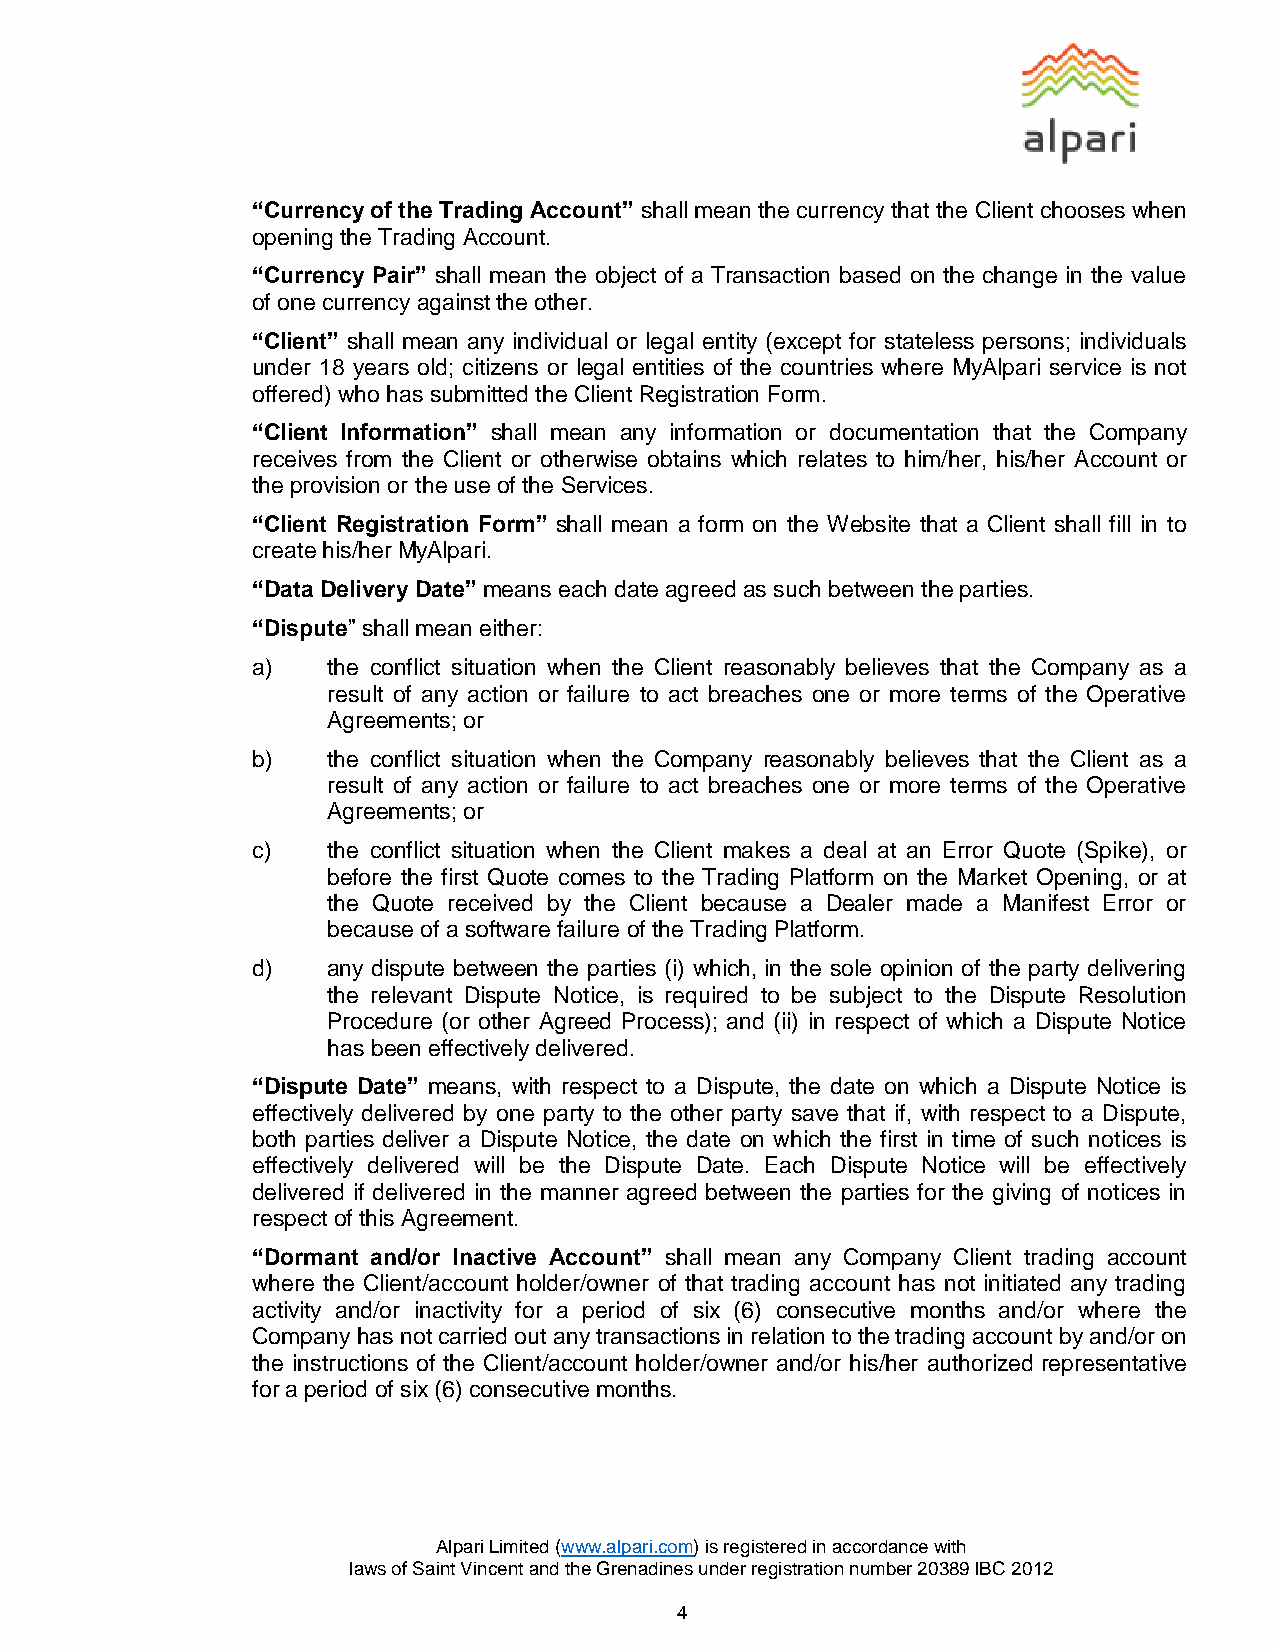
“Currency of the Trading Account” shall mean the currency that the Client chooses when
 opening the Trading Account.
 “Currency Pair” shall mean the object of a Transaction based on the change in the value
 of one currency against the other.
 “Client” shall mean any individual or legal entity (except for stateless persons; individuals
 under 18 years old; citizens or legal entities of the countries where MyAlpari service is not
 offered) who has submitted the Client Registration Form.
 “Client Information” shall mean any information or documentation that the Company
 receives from the Client or otherwise obtains which relates to him/her, his/her Account or
 the provision or the use of the Services.
 “Client Registration Form” shall mean a form on the Website that a Client shall fill in to
 create his/her MyAlpari.
 “Data Delivery Date” means each date agreed as such between the parties.
 “Dispute” shall mean either:
 a)   the conflict situation when the Client reasonably believes that the Company as a
 result of any action or failure to act breaches one or more terms of the Operative
 Agreements; or
 b)   the conflict situation when the Company reasonably believes that the Client as a
 result of any action or failure to act breaches one or more terms of the Operative
 Agreements; or
 c)   the conflict situation when the Client makes a deal at an Error Quote (Spike), or
 before the first Quote comes to the Trading Platform on the Market Opening, or at
 the Quote received by the Client because a Dealer made a Manifest Error or
 because of a software failure of the Trading Platform.
 d)   any dispute between the parties (i) which, in the sole opinion of the party delivering
 the relevant Dispute Notice, is required to be subject to the Dispute Resolution
 Procedure (or other Agreed Process); and (ii) in respect of which a Dispute Notice
 has been effectively delivered.
 “Dispute Date” means, with respect to a Dispute, the date on which a Dispute Notice is
 effectively delivered by one party to the other party save that if, with respect to a Dispute,
 both parties deliver a Dispute Notice, the date on which the first in time of such notices is
 effectively delivered will be the Dispute Date. Each Dispute Notice will be effectively
 delivered if delivered in the manner agreed between the parties for the giving of notices in
 respect of this Agreement.
 “Dormant and/or Inactive Account” shall mean any Company Client trading account
 where the Client/account holder/owner of that trading account has not initiated any trading
 activity and/or inactivity for a period of six (6) consecutive months and/or where the
 Company has not carried out any transactions in relation to the trading account by and/or on
 the instructions of the Client/account holder/owner and/or his/her authorized representative
 for a period of six (6) consecutive months.
 Alpari Limited (www.alpari.com) is registered in accordance with
 laws of Saint Vincent and the Grenadines under registration number 20389 IBC 2012
 4